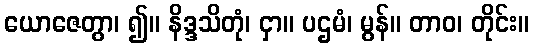
ယောဇေတွာ၊ ၍။ နိဒ္ဒသိတုံ၊ ငှာ။ ပဌမံ၊ မွန်။ တာဝ၊ တိုင်း။